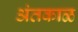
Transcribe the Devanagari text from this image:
अंतकाळ